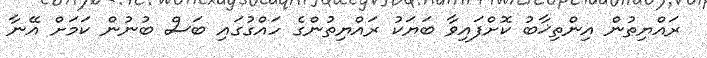
ރައްޔިތުން އިންތިޚާބު ކޮށްފައިވާ ބަޔަކު ރައްޔިތުންގެ ހައްގުގައި ބަސް ބުނުން ކަމަށް އޭނާ